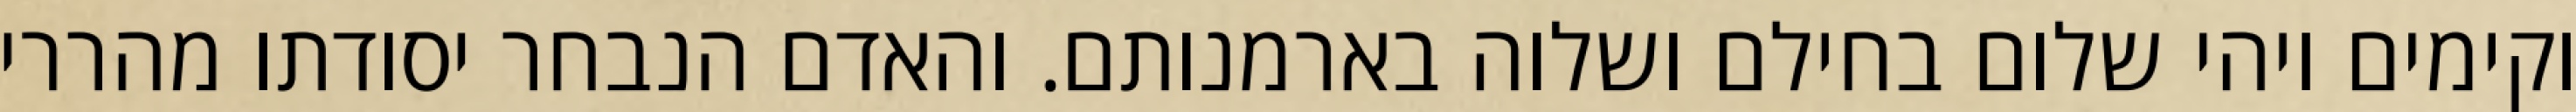
וקימים ויהי שלום בחילם ושלוה בארמנותם. והאדם הנבחר יסודתו מהררי